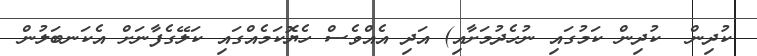
ކުދިން  ކުދިން ކަމުގައި ނުހެދުމަށާއި) އަދި އެއްވެސް ހެޔޮކަމެއްގައި ކަލޭގެފާނަށް އެކަނބަލުން